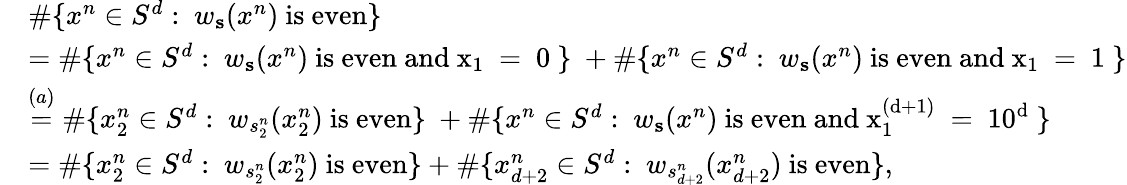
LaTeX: \begin{array}{rl}&{\# \{ x^{n}\in S^{d}:\ w_{\mathbf{s}}(x^{n})\mathrm{~is~even}\} }\\ &{=\# \{ x^{n}\in S^{d}:\ w_{\mathbf{s}}(x^{n})\mathrm{~is~even~and~x_1~=~0~}\} \ +\# \{ x^{n}\in S^{d}:\ w_{\mathbf{s}}(x^{n})\mathrm{~is~even~and~x_1~=~1~}\} }\\ &{\stackrel{(a)}{=}\# \{ x_{2}^{n}\in S^{d}:\ w_{s_{2}^{n}}(x_{2}^{n})\mathrm{~is~even}\} \ +\# \{ x^{n}\in S^{d}:\ w_{\mathbf{s}}(x^{n})\mathrm{~is~even~and~x_1^{(d+1)}~=~10^d~}\} }\\ &{=\# \{ x_{2}^{n}\in S^{d}:\ w_{s_{2}^{n}}(x_{2}^{n})\mathrm{~is~even}\} +\# \{ x_{d+2}^{n}\in S^{d}:\ w_{s_{d+2}^{n}}({x_{d+2}^{n}})\mathrm{~is~even}\} ,}\end{array}